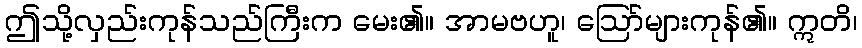
ဤသို့လှည်းကုန်သည်ကြီးက မေး၏။ အာမဗဟူ၊ ဩော်များကုန်၏။ ဣတိ၊